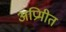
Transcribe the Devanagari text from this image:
अप्रिमीत